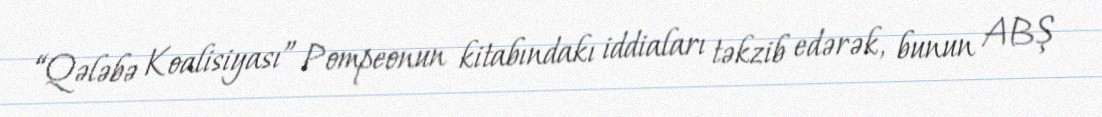
“Qələbə Koalisiyası” Pompeonun kitabındakı iddiaları təkzib edərək, bunun ABŞ